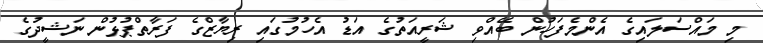
މި މައްސަލައިގެ އެންމެފަހުން ބޭއްވި ޝަރީއަތުގެ އަޑު އެހުމުގައި ރިޔާޒްގެ ފަރާތްޕުޅުން ނަޝީދުގެ